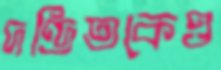
দণ্ডিতকেও